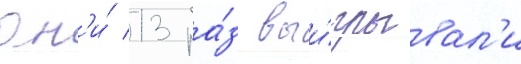
Он'и́ 13 ра́з выи́грывал'и